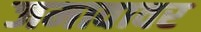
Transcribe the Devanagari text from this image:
जमावावर